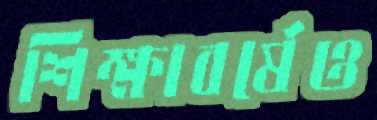
শিক্ষাবর্ষেও